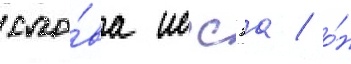
сло́ва иссэа / о́н